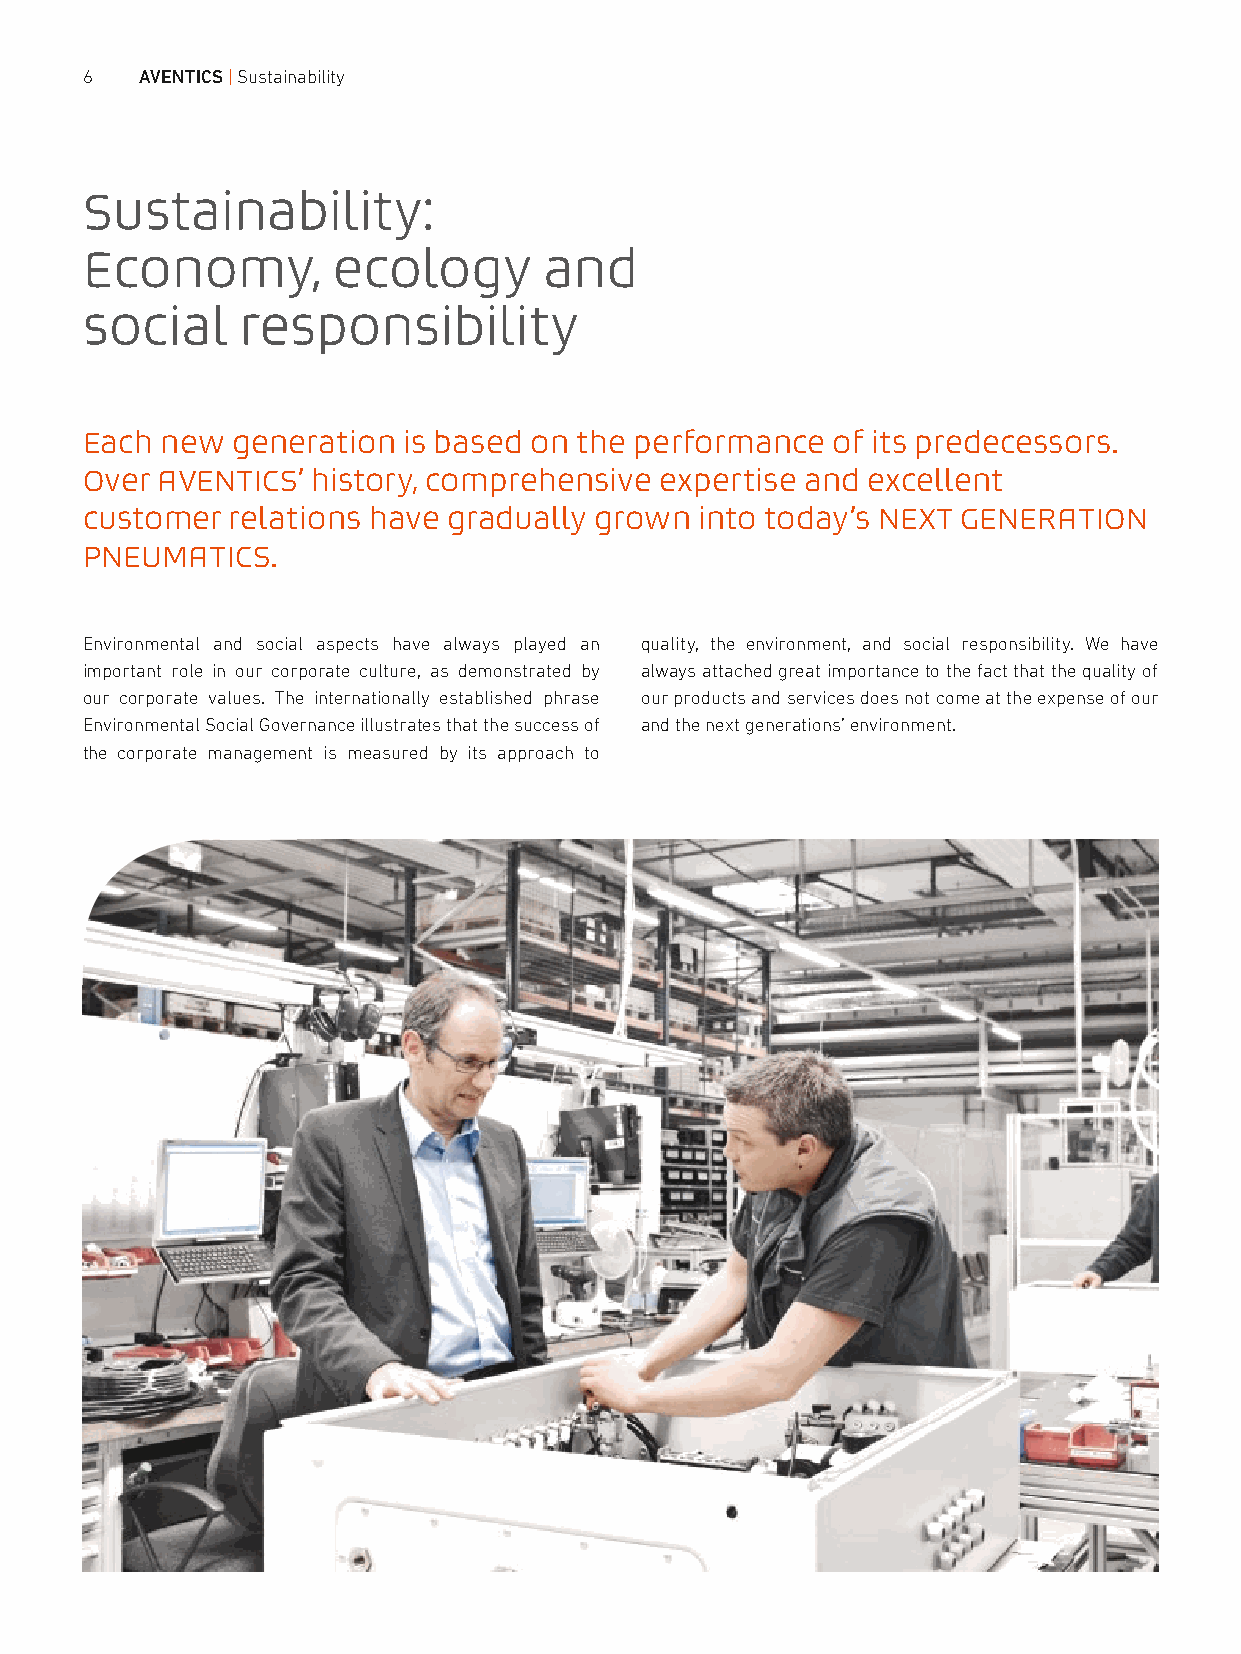
6   AVENTICS|Sustainability
 Sustainability:
 Economy,         ecology       and
 social     responsibility
 Each  new generation  is based on the performance of its predecessors.
 Over AVENTICS’  history, comprehensive expertise and excellent
 customer  relations have gradually grown into today’s NEXT GENERATION
 PNEUMATICS.
 Environmental and social aspects have always played an quality, the environment, and social responsibility. We have
 important role in our corporate culture, as demonstrated by always attached great importance to the fact that the quality of
 our corporate values. The internationally established phrase our products and services does not come at the expense of our
 Environmental Social Governance illustrates that the success of and the next generations’ environment.
 the corporate management is measured by its approach to